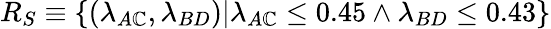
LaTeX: R_{S}\equiv\{ (\lambda_{A\mathbb{C}},\lambda_{BD})|{\lambda_{A\mathbb{C}}\leq0.45\wedge\lambda_{BD}\leq0.43}\}